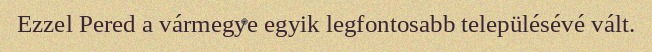
Ezzel Pered a vármegye egyik legfontosabb településévé vált.